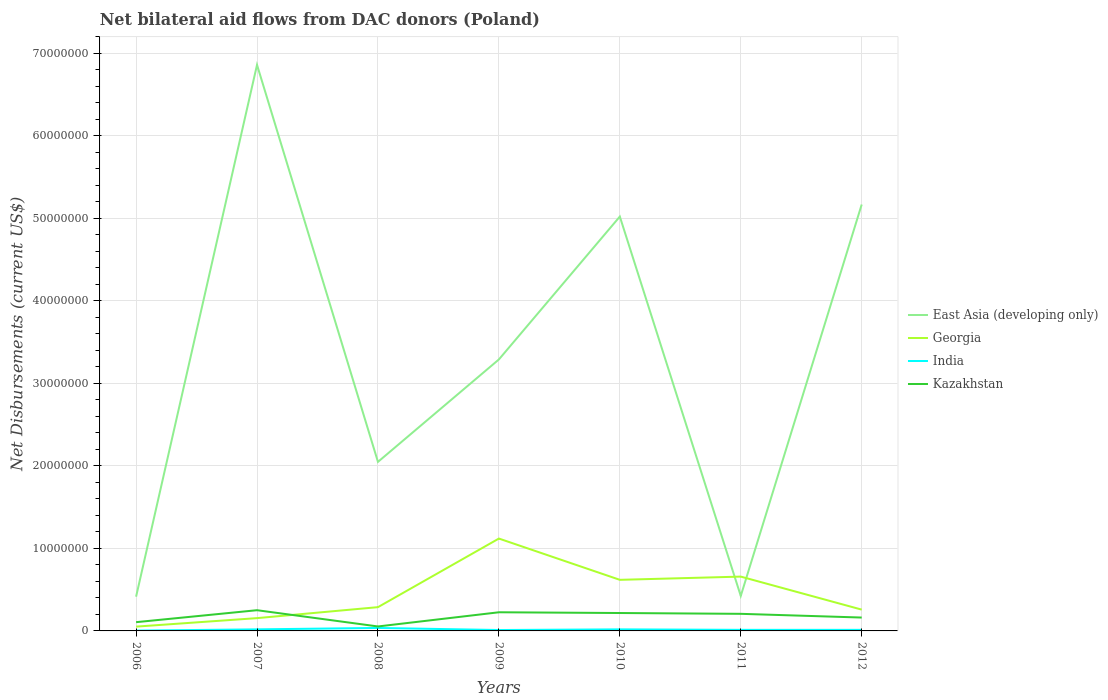
| Years | East Asia (developing only) | Georgia | India | Kazakhstan |
 | --- | --- | --- | --- | --- |
 | 2006 | 4.15e+06 | 5.2e+05 | 4e+04 | 1.06e+06 |
 | 2007 | 6.86e+07 | 1.55e+06 | 1.9e+05 | 2.51e+06 |
 | 2008 | 2.05e+07 | 2.88e+06 | 3.6e+05 | 5.4e+05 |
 | 2009 | 3.29e+07 | 1.12e+07 | 1.1e+05 | 2.26e+06 |
 | 2010 | 5.02e+07 | 6.19e+06 | 1.9e+05 | 2.17e+06 |
 | 2011 | 4.24e+06 | 6.58e+06 | 1.3e+05 | 2.07e+06 |
 | 2012 | 5.17e+07 | 2.58e+06 | 1.3e+05 | 1.62e+06 |